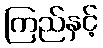
ကြည်နှင့်